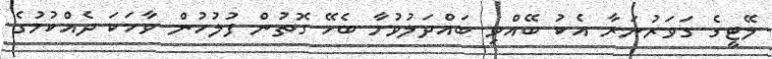
ލޭޓީގެ ގަވަރުނަރާ އެކު ބޭއްވި ބައްދަލުވުމާ ބެހޭ ގޮތުން ފުލުހުން ވާހަކަ ދެއްކުމުގެ